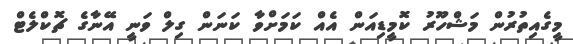
މީގެއިތުރުން މަޝްހޫރު ކޮމީޑިއަން އެއް ކަމަށްވާ ކަނަން ގިލް ވަނީ އޭނާގެ ޗޮކްލެޓް